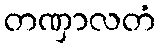
တဏှာလတံ